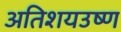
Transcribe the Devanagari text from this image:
अतिशयउष्ण